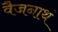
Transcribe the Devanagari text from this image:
वैजनाथं